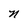
Character: n